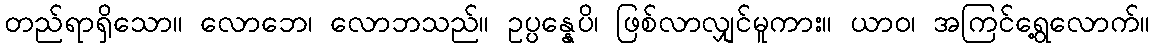
တည်ရာရှိသော။ လောဘေ၊ လောဘသည်။ ဥပ္ပန္နေပိ၊ ဖြစ်လာလျှင်မူကား။ ယာဝ၊ အကြင်ရွေ့လောက်။